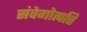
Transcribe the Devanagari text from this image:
संवेगोत्पत्ति